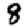
Digit: 8